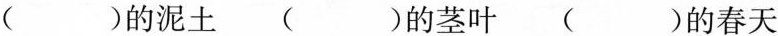
( )的泥土 ( )的茎叶 ( )的春天